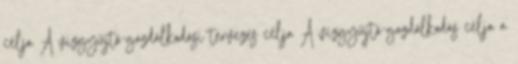
célja A vízgyűjtő-gazdálkodási tervezés célja A vízgyűjtő-gazdálkodás célja a